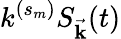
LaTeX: k^{(s_{m})}S_{\vec{\mathbf{k}}}(t)